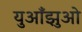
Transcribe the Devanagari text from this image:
युआँझुओ